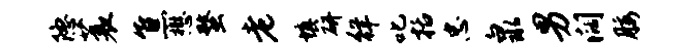
隐蓑焦懋蝥老填研徉叱括忠泉男阔腰